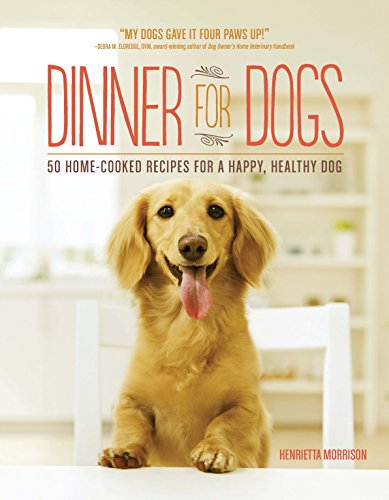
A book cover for Dinner for Dogs: 50 Home-Cooked Recipes for a Happy, Healthy Dog; Henrietta Morrison; Crafts, Hobbies & Home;